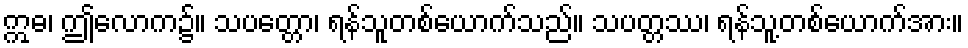
ဣဓ၊ ဤလောက၌။ သပတ္တော၊ ရန်သူတစ်ယောက်သည်။ သပတ္တဿ၊ ရန်သူ့တစ်ယောက်အား။